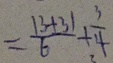
= \frac { 1 3 + 3 1 } { 6 } + \frac { 3 } { 4 }